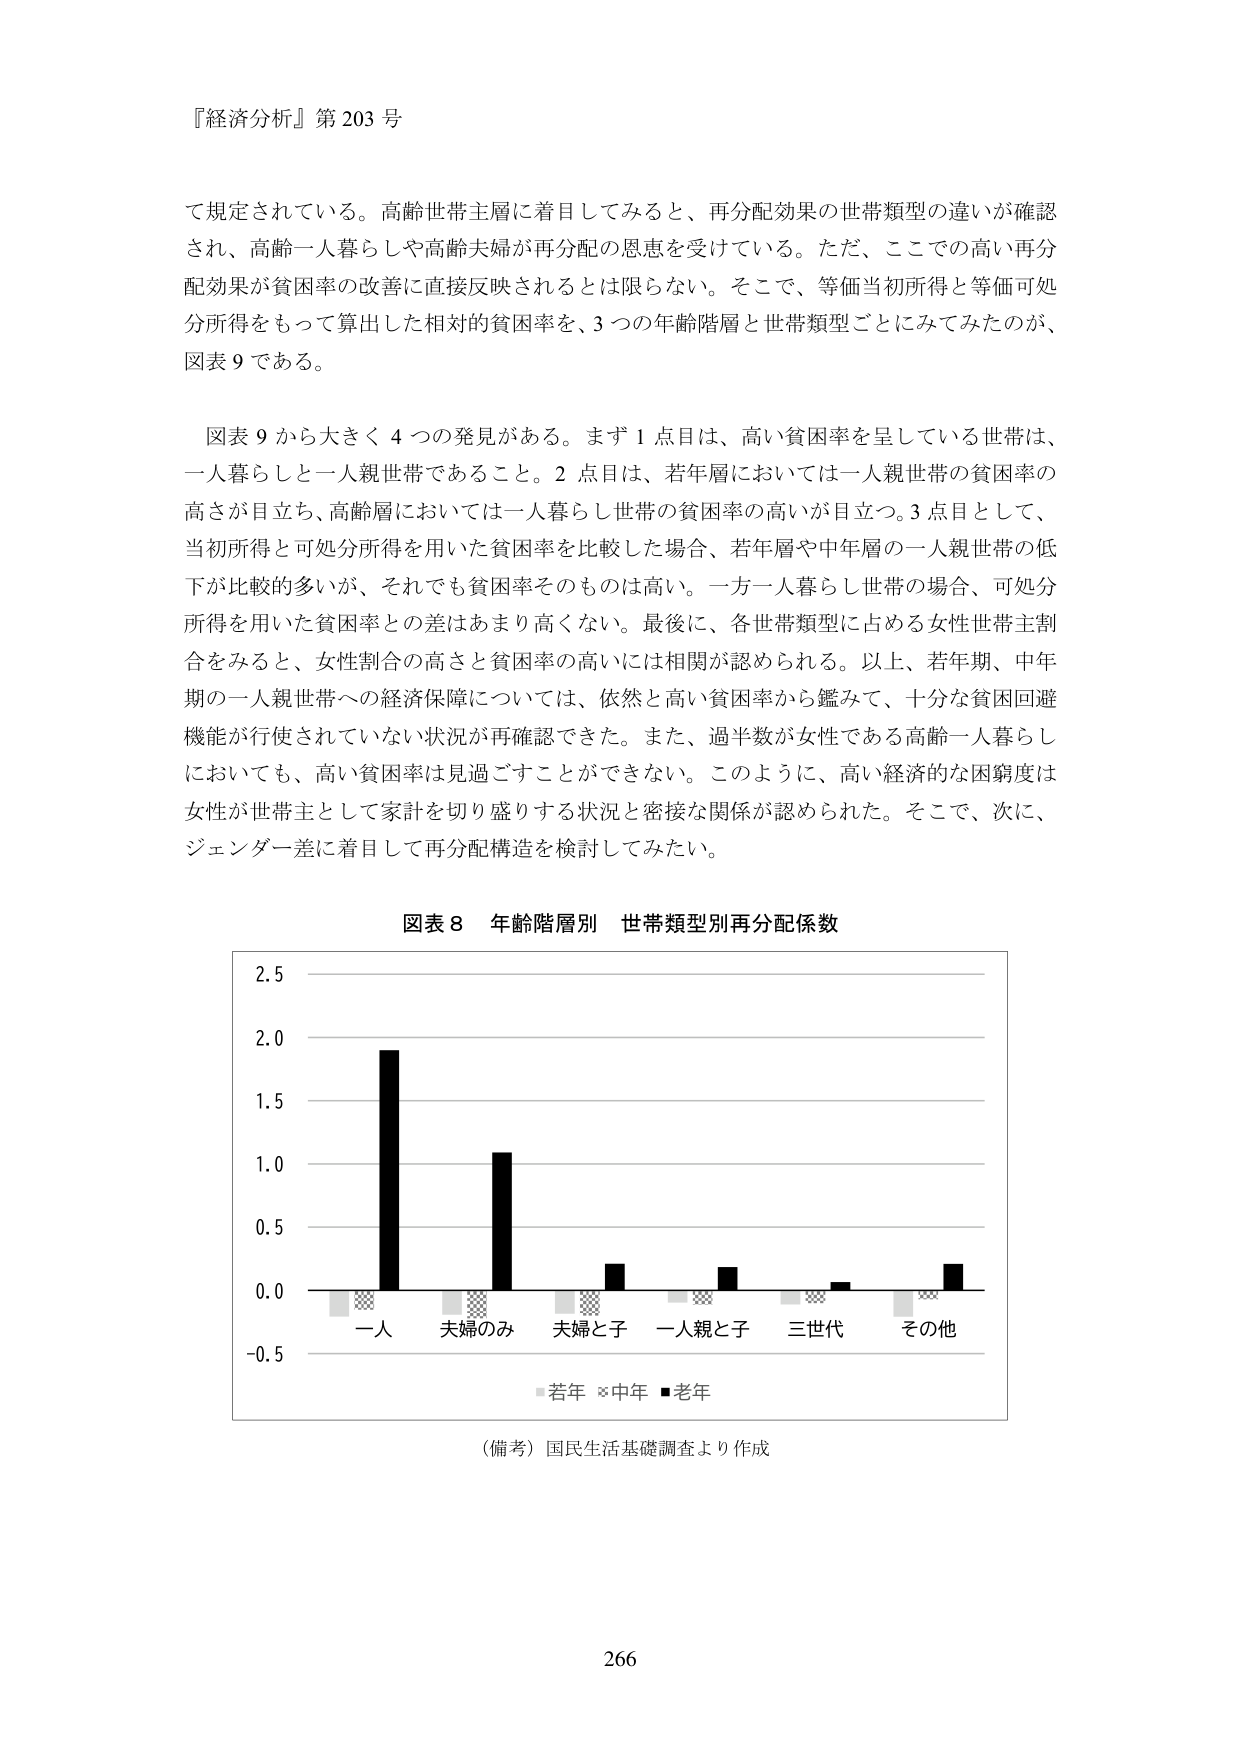
『経済分析』第203号

て規定されている。高齢世帯主層に着目してみると、再分配効果の世帯類型の違いが確認され、高齢一人暮らしや高齢夫婦が再分配の恩恵を受けている。ただ、ここでの高い再分配効果が貧困率の改善に直接反映されるとは限らない。そこで、等価当初所得と等価可処分所得をもって算出した相対的貧困率を、3つの年齢階層と世帯類型ごとにみてみたのが、図表9である。

図表9から大きく4つの発見がある。まず1点目は、高い貧困率を呈している世帯は、一人暮らしと一人親世帯であること。2点目は、若年層においては一人親世帯の貧困率の高さが目立ち、高齢層においては一人暮らし世帯の貧困率の高いが目立つ。3点目として、当初所得と可処分所得を用いた貧困率を比較した場合、若年層や中年層の一人親世帯の低下が比較的多いが、それでも貧困率そのものは高い。一方一人暮らし世帯の場合、可処分所得を用いた貧困率との差はあまり高くない。最後に、各世帯類型に占める女性世帯主割合をみると、女性割合の高さと貧困率の高いには相関が認められる。以上、若年期、中年期の一人親世帯への経済保障については、依然と高い貧困率から鑑みて、十分な貧困回避機能が行使されていない状況が再確認できた。また、過半数が女性である高齢一人暮らしにおいても、高い貧困率は見過ごすことができない。このように、高い経済的な困窮度は女性が世帯主として家計を切り盛りする状況と密接な関係が認められた。そこで、次に、ジェンダー差に着目して再分配構造を検討してみたい。

図表8 年齢階層別 世帯類型別再分配係数

2.5
2.0
1.5
1.0
0.5
0.0
-0.5

一人 夫婦のみ 夫婦と子 一人親と子 三世代 その他

■若年 ■中年 ■老年

（備考）国民生活基礎調査より作成

266